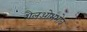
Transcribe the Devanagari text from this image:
शैलओभभोव